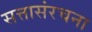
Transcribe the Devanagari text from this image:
सत्तासंरचना